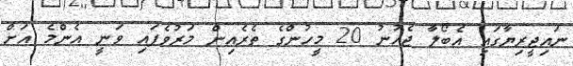
ނައިޖީރިޔާގައި އެބޯލާ ޖެހުނު 20 މީހުންގެ ތެރެއިން މަރުވެފައި ވަނީ އެންމެ އަށް